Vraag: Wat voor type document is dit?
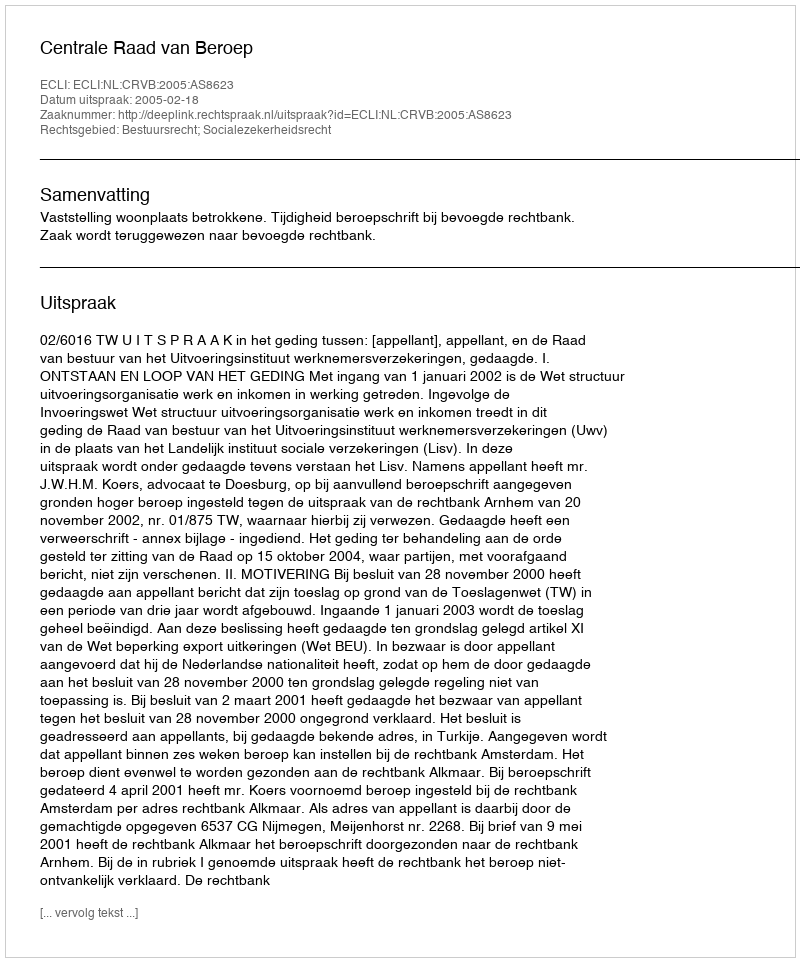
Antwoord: Uitspraak